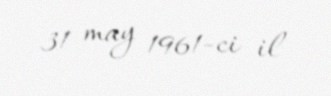
31 may 1961-ci il